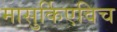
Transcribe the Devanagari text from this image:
मासुर्किएविच